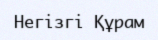
Негізгі Құрам